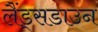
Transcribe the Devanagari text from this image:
लैंड्सडाउन